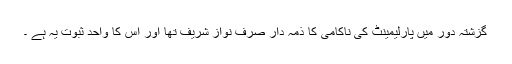
گزشتہ دور میں پارلیمینٹ کی ناکامی کا ذمہ دار صرف نواز شریف تھا اور اس کا واحد ثبوت یہ ہے ۔